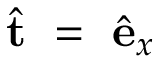
\hat { \mathbf { t } } ~ = ~ \hat { \mathbf { e } } _ { x }